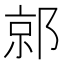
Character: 𰻯